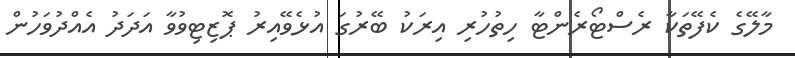
މާލޭގެ ކެފޭތަކާ ރެސްޓޯރެންޓާ ހިތުހުރި އިރަކު ބޭރުގަ އުޅެވޭއިރު ޕޮޒިޓިވުވާ އަދަދު އެއްދުވަހުން